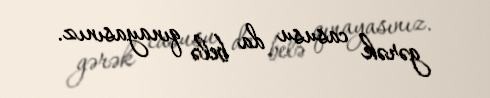
gərək casusu da belə qınayasınız.